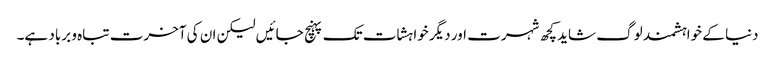
دنیا کے خواہشمند لوگ شاید کچھ شہرت اور دیگر خواہشات تک پہنچ جائیں لیکن ان کی آخرت تباہ و برباد ہے۔